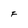
Character: F